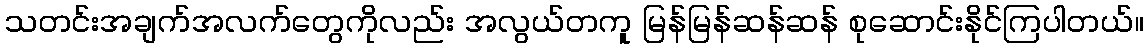
သတင်းအချက်အလက်တွေကိုလည်း အလွယ်တကူ မြန်မြန်ဆန်ဆန် စုဆောင်းနိုင်ကြပါတယ်။